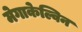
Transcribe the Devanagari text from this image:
मेगाकेल्विन